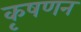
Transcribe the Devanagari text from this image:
कृषणन